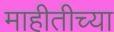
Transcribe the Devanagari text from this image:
माहीतीच्या